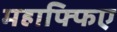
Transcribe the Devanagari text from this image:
महाफ्फिए